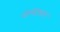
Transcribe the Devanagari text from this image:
बोस्टियान